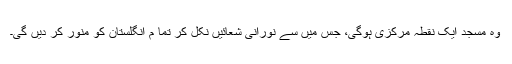
وہ مسجد ایک نقطہ مرکزی ہوگی، جس میں سے نورانی شعائیں نکل کر تما م انگلستان کو منور کر دیں گی۔